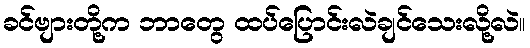
ခင်ဗျားတို့က ဘာတွေ ထပ်ပြောင်းလဲချင်သေးလို့လဲ။